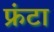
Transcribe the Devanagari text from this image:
फ्रंटा